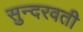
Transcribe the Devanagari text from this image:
सुन्दरवती